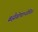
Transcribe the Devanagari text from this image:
ब्रह्मैवोपाप्नोति।।